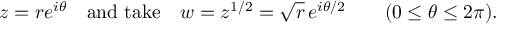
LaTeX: z = r e ^ { i \theta } \quad { \mathrm { a n d ~ t a k e } } \quad w = z ^ { 1 / 2 } = { \sqrt { r } } \, e ^ { i \theta / 2 } \qquad ( 0 \leq \theta \leq 2 \pi ) .